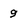
Character: 9